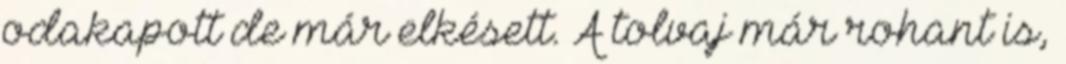
odakapott de már elkésett. A tolvaj már rohant is,